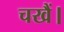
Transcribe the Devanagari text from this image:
चखैं।